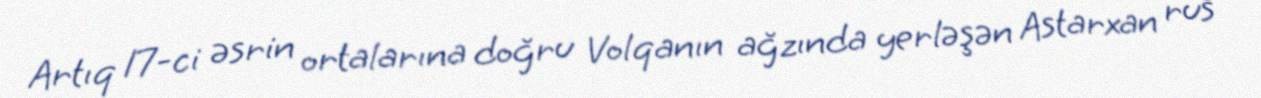
Artıq 17-ci əsrin ortalarına doğru Volqanın ağzında yerləşən Astarxan rus